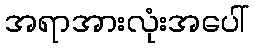
အရာအားလုံးအပေါ်